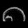
Digit: ၈